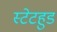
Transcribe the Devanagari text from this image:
स्टेटहुड